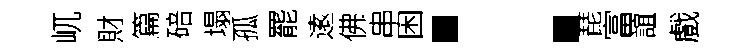
屼財篇碚塌孤罷逺佛串困：琵富誼戲